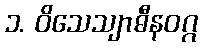
၁. ဝိသေသျာဓီနဝဂ္ဂ